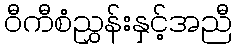
ဝီကီစံညွှန်းနှင့်အညီ